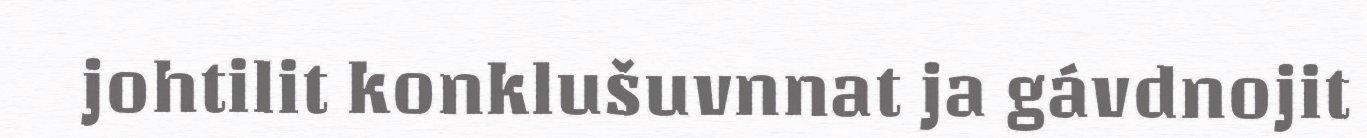
johtilit konklušuvnnat ja gávdnojit